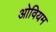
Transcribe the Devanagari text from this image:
ओवियम